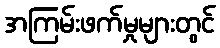
အကြမ်းဖက်မှုများတွင်